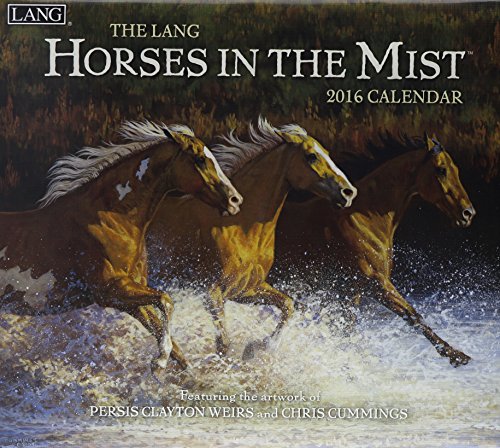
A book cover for Horses in the Mist 2016 Calendar: Bonus Download; Calendars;